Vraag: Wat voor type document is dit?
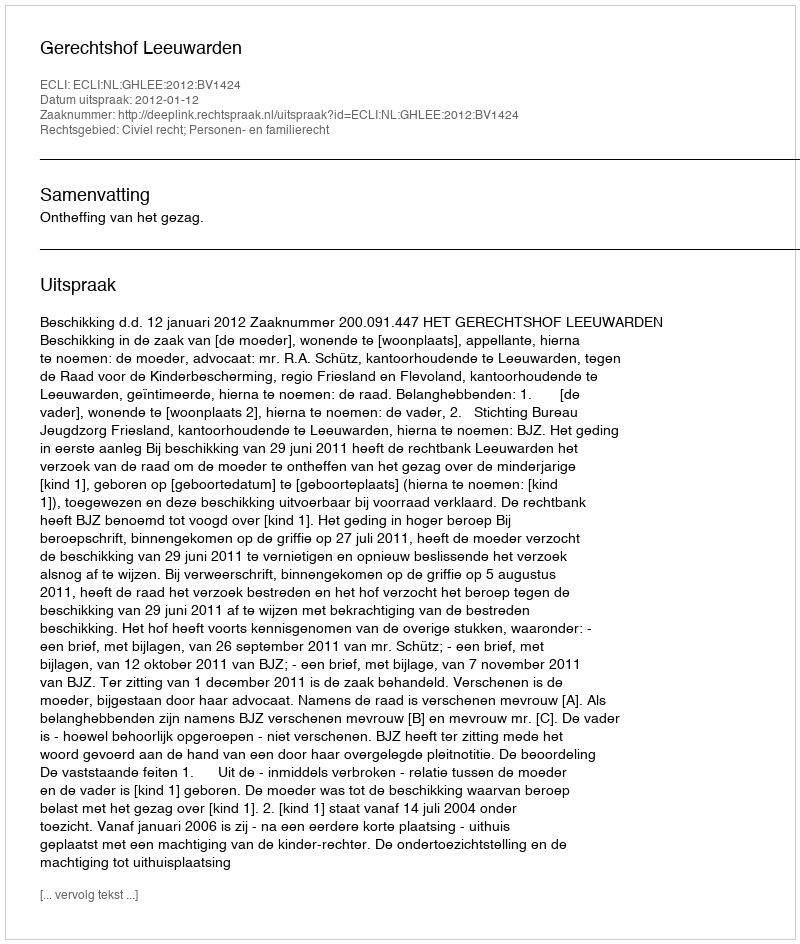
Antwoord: Uitspraak